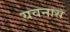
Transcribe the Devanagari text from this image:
यवनास